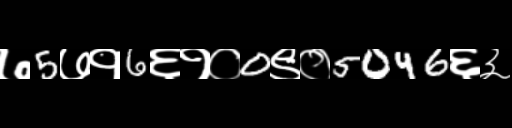
Text: ७5७१6६१०0९०5046६३